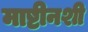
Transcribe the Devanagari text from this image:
माष्टीनशी